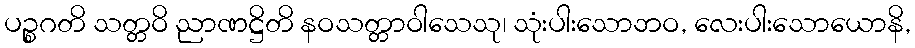
ပဉ္စဂတိ သတ္တဝိ ညာဏဋ္ဌိတိ နဝသတ္တာဝါသေသု၊ သုံးပါးသောဘဝ, လေးပါးသောယောနိ,